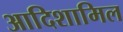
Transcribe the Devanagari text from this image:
आदिशामिल